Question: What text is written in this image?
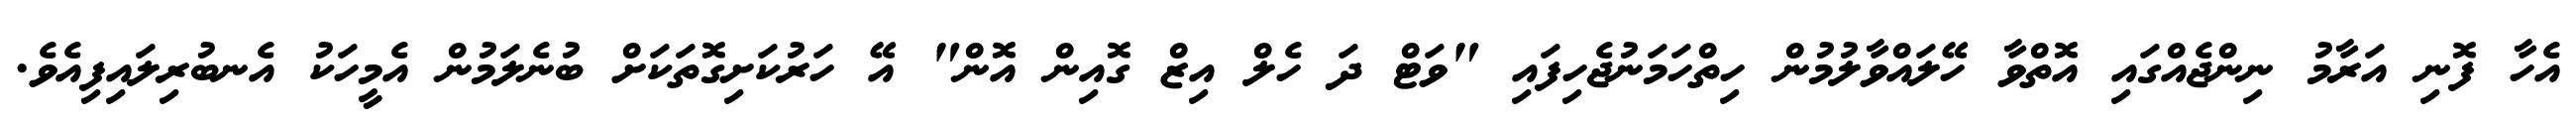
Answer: އެހާ ފޮނި އަރާމު ނިންޖެއްގައި އޮތްވާ ހޭލައްވާލުމުން ހިތްހަމަނުޖެހިފައި "ވަޓް ދަ ހެލް އިޒް ގޮއިން އޮން" އޭ ހަރުކަށިގޮތަކަށް ބުނެލަމުން އެމީހަކު އެނބުރިލައިފިއެވެ.